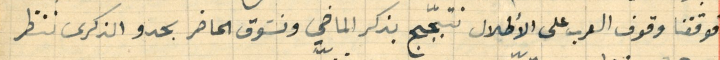
فوقفنا وقوف العرب على الأطلال نتبجّج بذكر الماضي ونسَوق الحاضر بحدو الذكرى ننظر